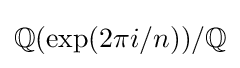
\mathbb {Q} (\exp(2\pi i/n))/\mathbb {Q}